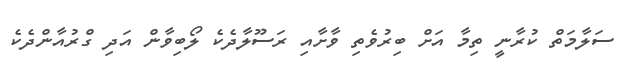
ސަލާމަތް ކުރާނީ ތިމާ އަށް ބިރުވެތި ވާށާއި ރަސޫލާދެކެ ލޯބިވާން އަދި ގްރުއާންދެކެ